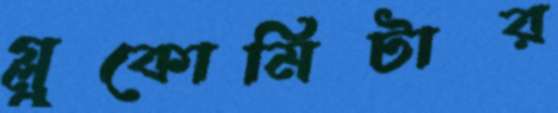
গ্লুকোমিটার